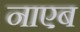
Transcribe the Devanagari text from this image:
नाएब